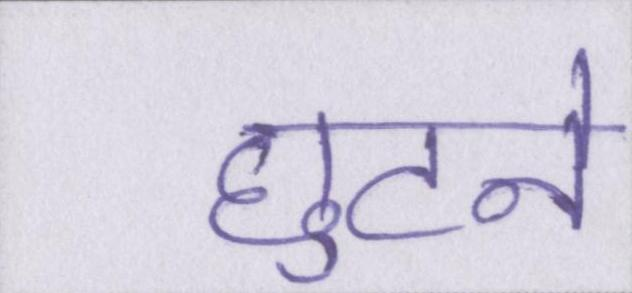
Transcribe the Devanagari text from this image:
छुटने